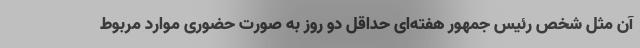
آن مثل شخص رئیس جمهور هفته‌ای حداقل دو روز به صورت حضوری موارد مربوط